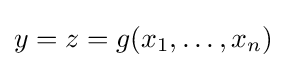
y=z=g(x_{1},\ldots ,x_{n})